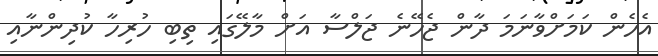
އެހެން ކަމަށްވާނަމަ ދާން ޖެހޭނެ ޖަލްސާ އަށް މާލޭގައި ތިބި ހުރިހާ ކުދިންނާއި